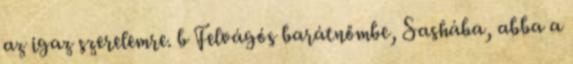
az igaz szerelemre. b Felvágós barátnőmbe, Sashába, abba a